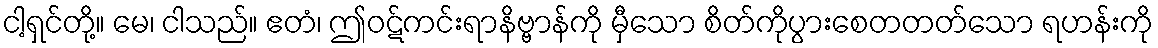
ငါ့ရှင်တို့။ မေ၊ ငါသည်။ ဧတံ၊ ဤဝဋ်ကင်းရာနိဗ္ဗာန်ကို မှီသော စိတ်ကိုပွားစေတတတ်သော ရဟန်းကို